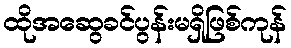
ထိုအဆွေခင်ပွန်းမရှိဖြစ်ကုန်